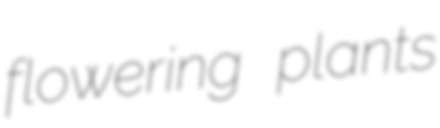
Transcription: flowering plants